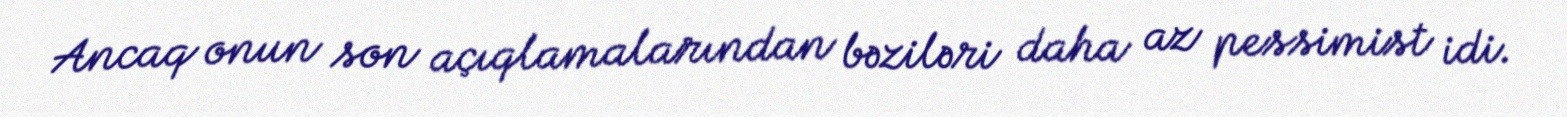
Ancaq onun son açıqlamalarından bəziləri daha az pessimist idi.